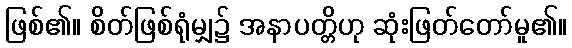
ဖြစ်၏။ စိတ်ဖြစ်ရုံမျှ၌ အနာပတ္တိဟု ဆုံးဖြတ်တော်မူ၏။